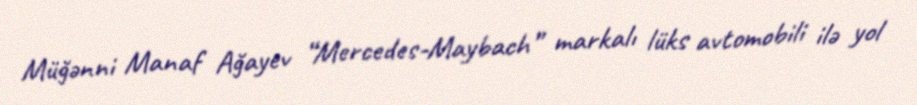
Müğənni Manaf Ağayev “Mercedes-Maybach” markalı lüks avtomobili ilə yol